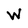
Character: W